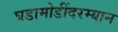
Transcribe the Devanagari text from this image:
घडामोडींदरम्यान